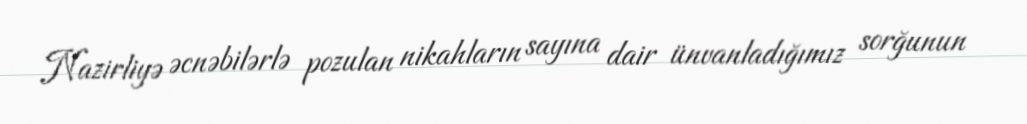
Nazirliyə əcnəbilərlə pozulan nikahların sayına dair ünvanladığımız sorğunun